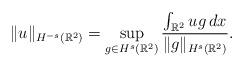
LaTeX: \begin{align*} \|u\|_{H^{-s}(\mathbb R^2)}=\sup\limits_{g\in H^{s}(\mathbb R^2)} \frac{\int_{\mathbb R^2}ug\,dx}{ \|g\|_{H^{s}(\mathbb R^2)}}.\end{align*}